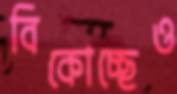
বিকোচ্ছেও